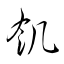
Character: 飢